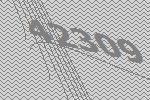
42309